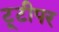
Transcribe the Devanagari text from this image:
टूटीपर